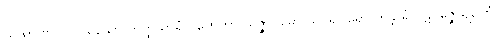
ယထာ ဗလဝါ ပုရိသော ဟတ္ထသာရံ ဂဟေတွာ သဇ္ဇာဝုဓော သပရိဝါရော ကန္တာရံ ပဋိပဇ္ဇေယျ, တံ